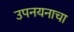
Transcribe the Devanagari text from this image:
उपनयनाचा